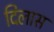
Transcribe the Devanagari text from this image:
दिलास